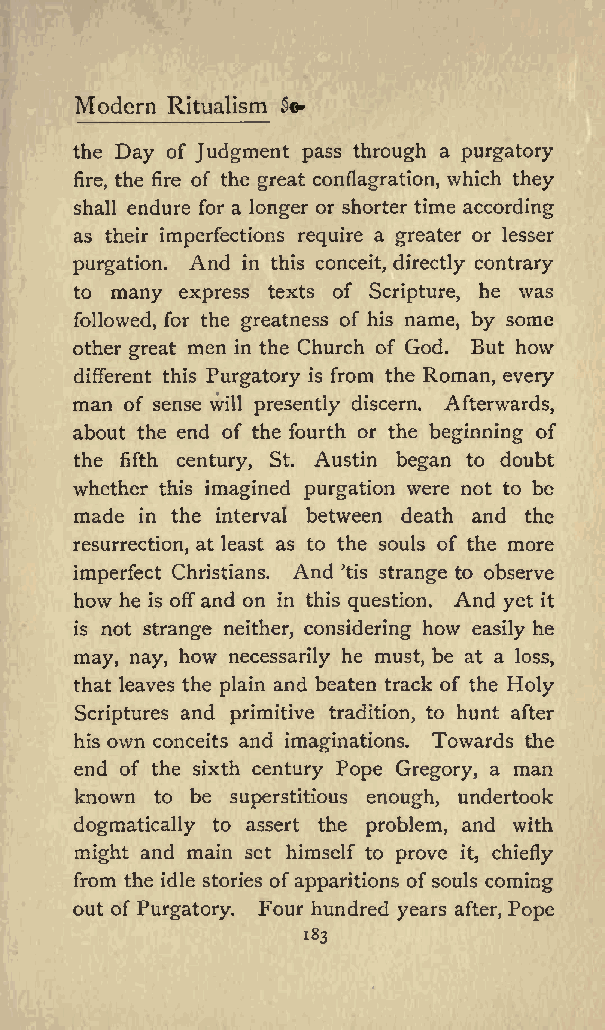
Modern Ritualism &o
 the Day of Judgment pass through a purgatory
 fire, the fire of the great conflagration, which they
 shall endure for a longer or shorter time according
 as their imperfections require a greater or lesser
 purgation. And in this conceit, directly contrary
 to many express texts of Scripture, he was
 followed, for the greatness of his name, by some
 other great men in the Church of God. But how
 different this Purgatory is from the Roman, every
 man of sense will presently discern. Afterwards,
 about the end of the fourth or the beginning of
 the fifth century, St. Austin began to doubt
 whether this imagined purgation were not to be
 made in the interval between death and the
 resurrection, at least as to the souls of the more
 imperfect Christians. And tis strange to observe
 how he is off and on in this question. And yet it
 is not strange neither, considering how easily he
 may, nay, how necessarily he must, be at a loss,
 that leaves the plain and beaten track of the Holy
 Scriptures and primitive tradition, to hunt after
 his own conceits and imaginations. Towards the
 end of the sixth century Pope Gregory, a man
 known to be superstitious enough, undertook
 dogmatically to assert the problem, and with
 might and main set himself to prove it, chiefly
 from the idle stories ofapparitions of souls coming
 out of Purgatory. Four hundred years after, Pope
 183